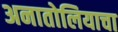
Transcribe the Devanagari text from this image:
अनातोलियाचा